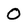
Character: O